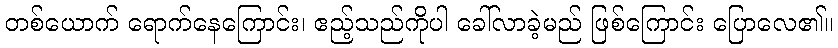
တစ်ယောက် ရောက်နေကြောင်း၊ ဧည့်သည်ကိုပါ ခေါ်လာခဲ့မည် ဖြစ်ကြောင်း ပြောလေ၏။